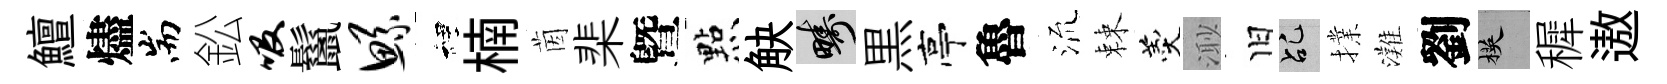
鱣燼耑鈆吸鬣鲧裡楠茵棐曁㸃觖疇黒亭魯𣴑棘羹𣺌旧乩擈灘劉楧穉遨